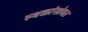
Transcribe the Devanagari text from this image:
स्थळांसोबत